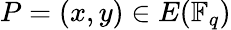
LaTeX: P=(x,y)\in E(\mathbb{F}_{q})